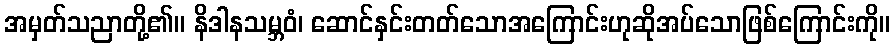
အမှတ်သညာတို့၏။ နိဒါနသမ္ဘဝံ၊ ဆောင်နှင်းတတ်သောအကြောင်းဟုဆိုအပ်သောဖြစ်ကြောင်းကို။